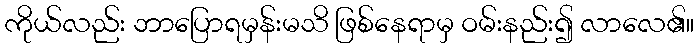
ကိုယ်လည်း ဘာပြောရမှန်းမသိ ဖြစ်နေရာမှ ဝမ်းနည်း၍ လာလေ၏။